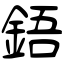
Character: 鋙